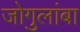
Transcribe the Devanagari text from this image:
जोगुलांबा